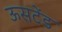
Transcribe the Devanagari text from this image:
ऊसटेंड